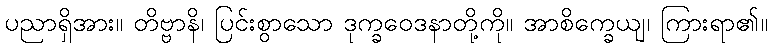
ပညာရှိအား။ တိဗ္ဗာနိ၊ ပြင်းစွာသော ဒုက္ခဝေဒနာတို့ကို။ အာစိက္ခေယျ၊ ကြားရာ၏။